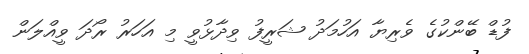
ފުޑް ބޭންކުގެ ވެރިޔާ އަހުމަދު ޝަރީފު ވިދާޅުވީ މި އަހަރު ރޯދަ ވީއްލަން